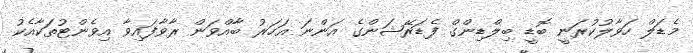
މެޑަލް ހަވާލުކުރަނީ ބޮޑީ ބިލްޑިންގް ފެޑަރޭޝަންގެ އަންނަ އަހަރު ބާއްވަން ރާވާފައިވާ އިވެންޓުތަކާއެކު